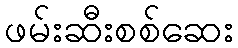
ဖမ်းဆီးစစ်ဆေး